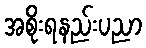
အစိုးရနည်းပညာ